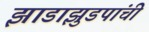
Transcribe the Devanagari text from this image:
झाडाझुडपांची